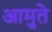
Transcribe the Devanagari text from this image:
आमुते